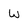
Character: W